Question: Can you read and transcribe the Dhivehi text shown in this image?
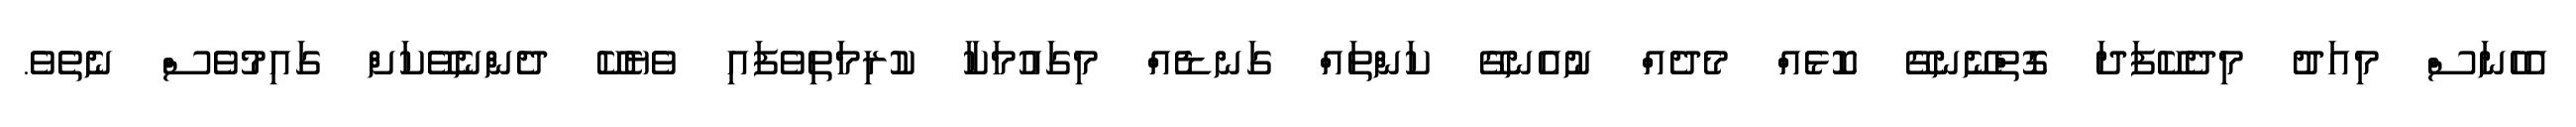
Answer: އެހެނަސް މިއަދު މިދެކޭފަދަ ގޮތްނޭނގޭ ކޮޅެއް މެދެއް ނުއެނގޭ ކަންތައް ގަނޑެއް މިގައުމަކާ ކުރިމަތިވެފައި ވެޔެކޭ ދެންނެވޭކަށް ގައިމުވެސް ނެތެވެ.